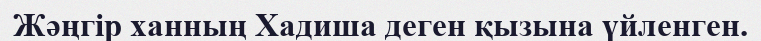
Жәңгір ханның Хадиша деген қызына үйленген.